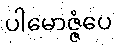
ပါမောဇ္ဇံပေ